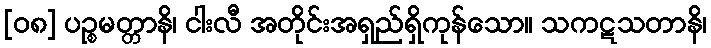
[၀၈] ပဉ္စမတ္တာနိ၊ ငါးလီ အတိုင်းအရှည်ရှိကုန်သော။ သကဋသတာနိ၊